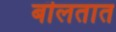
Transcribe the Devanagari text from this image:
बॊलतात